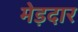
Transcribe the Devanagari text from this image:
मेड़दार